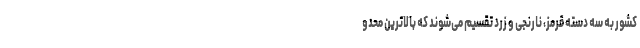
کشور به سه دسته قرمز، نارنجی و زرد تقسیم می‌شوند که بالاترین محدو